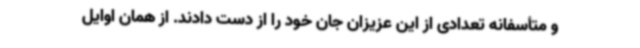
و متأسفانه تعدادی از این عزیزان جان خود را از دست دادند. از همان اوایل